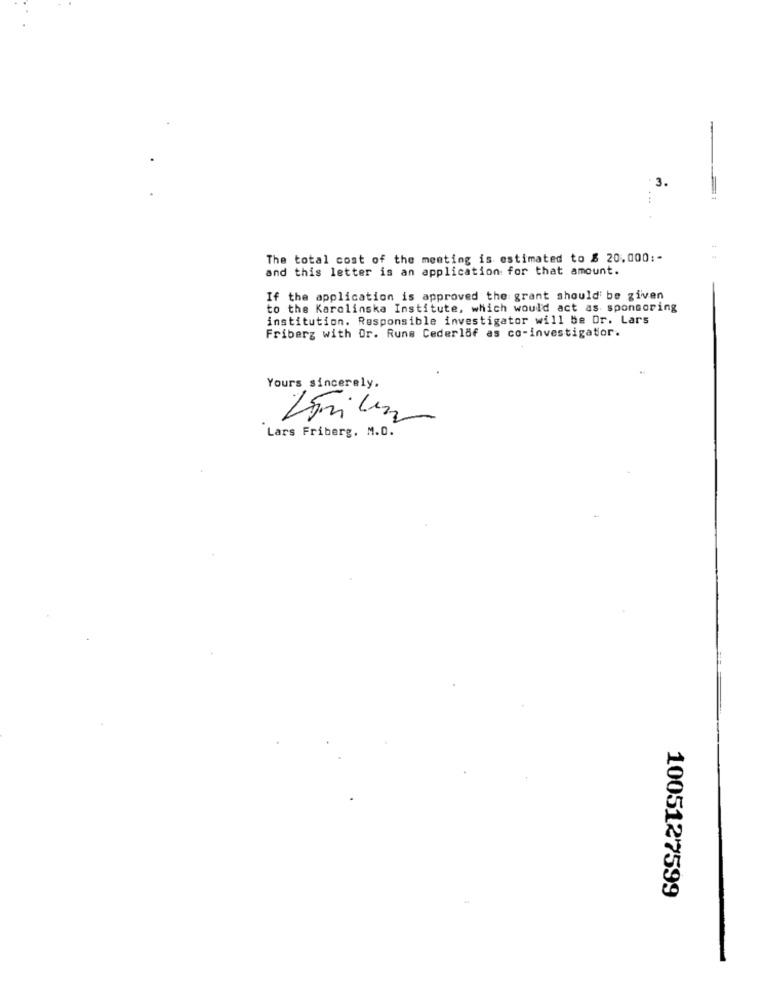
3.
The total cost of the meeting is estimated to $ 20.000 :-
and this letter is an application for that amount.
If the application is approved the grant should be given
to the Karolinska Institute, which would act as sponsoring
institution. Responsible investigator will be Dr. Lars
Friberg with Or. Runs Cederlöf as co-investigator.
Yours sincerely.
Lars Friberg, M.D.
1005127599